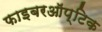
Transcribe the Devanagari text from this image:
फाइबरऑप्टिक